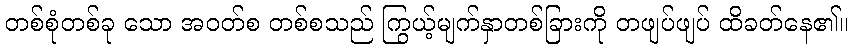
တစ်စုံတစ်ခု သော အဝတ်စ တစ်စသည် ကြွယ့်မျက်နှာတစ်ခြားကို တဖျပ်ဖျပ် ထိခတ်နေ၏။